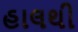
હાલથી